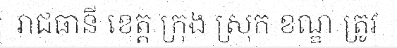
រាជធានី ខេត្ត ក្រុង ស្រុក ខណ្ឌ ត្រូវ